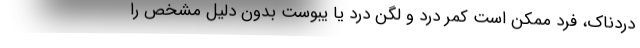
دردناک، فرد ممکن است کمر درد و لگن درد یا یبوست بدون دلیل مشخص را